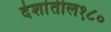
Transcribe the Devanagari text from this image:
देशांतील१८०